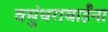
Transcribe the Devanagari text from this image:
वसुंधराबाईंना